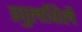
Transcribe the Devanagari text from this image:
झुलविलें